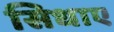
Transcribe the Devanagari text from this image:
सिधाए